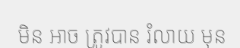
មិន អាច ត្រូវបាន រំលាយ មុន